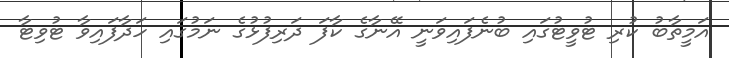
އަމީތާބު ކުރި ޓުވީޓުގައި ބުނެފައިވަނީ އޭނާގެ ކާފަ ދަރިފުޅުގެ ނަމުގައި ހަދާފައިވާ ޓުވިޓާ